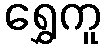
ရွှေကူ